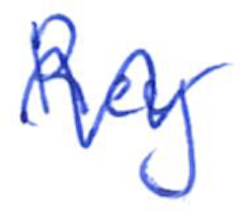
Text: Rey
Cross-out: wave
Writing tool: ballpoint